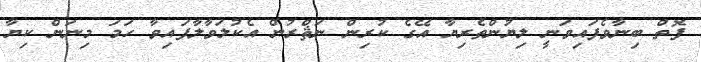
ފޮތް ބިނާވެފައިވަނީ ލިޔުންތެރިޔާ އޭގެ ކުރިން ނަޘްރުން އެކުލަވާލާފައިވާ ހަމަ މިނަން ކިޔާ